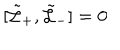
LaTeX: [ \tilde { \cal L } _ { + } , \tilde { \cal L } _ { - } ] = 0